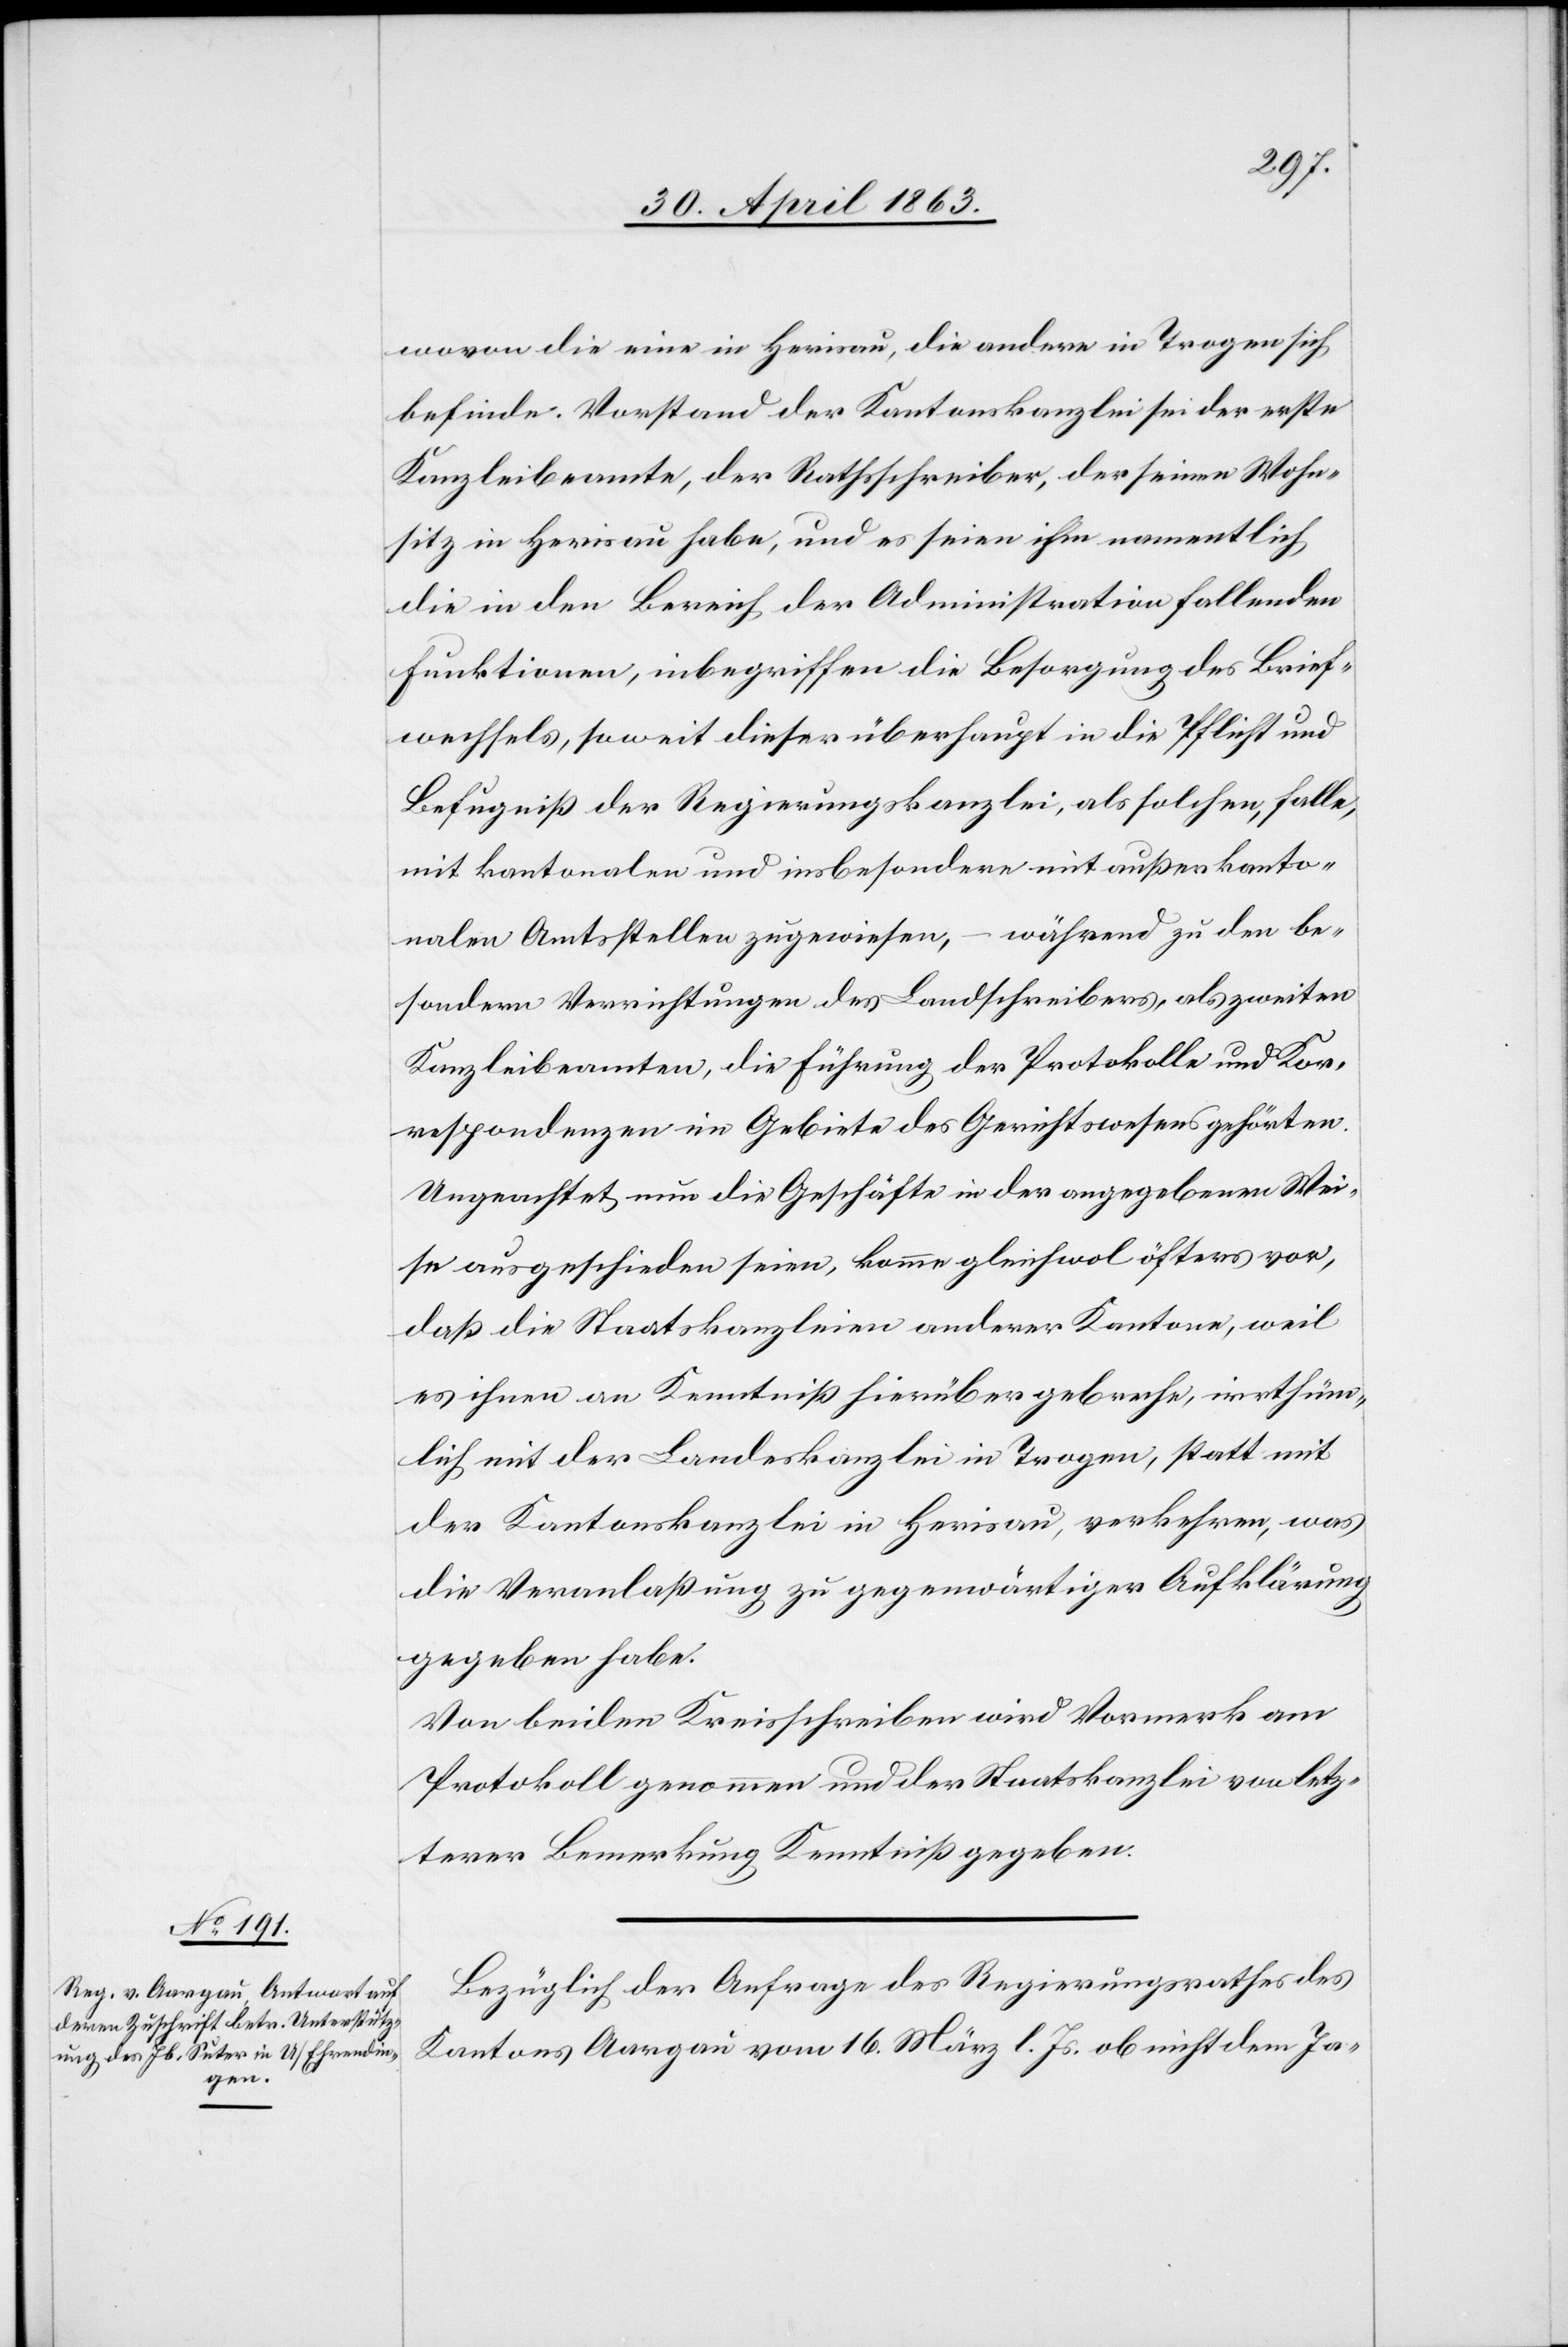
wovon die eine in Herisau, die andere in Trogen sich
befinde. Vorstand der Kantonskanzlei sei der erste
Kanzleibeamte, der Rathsschreiber, der seinen Wohn¬
sitz in Herisau habe, und es seien ihm namentlich
die in den Bereich der Administration fallenden
Funktionen, inbegriffen die Besorgung des Brief¬
wechsels, soweit dieser überhaupt in die Pflicht und
Befugniß der Regierungskanzlei, als solchen, falle,
mit kantonalen und insbesondere mit außer kanto¬
nalen Amtsstellen zugewiesen, – während zu den be¬
sondern Verrichtungen des Landschreibers, als zweiten
Kanzleibeamten, die Führung der Protokolle und Kor¬
respondenzen im Gebiete des Gerichtswesens gehörten.
Ungeachtet nun die Geschäfte in der angegebenen Wei¬
se ausgeschieden seien, komme gleichwol öfters vor,
daß die Staatskanzleien anderer Kantone, weil
es ihnen an Kenntniß hierüber gebreche, irrthüm¬
lich mit der Landeskanzlei in Trogen, statt mit
der Kantonskanzlei in Herisau, verkehren, was
die Veranlaßung zu gegenwärtiger Aufklärung
gegeben habe.
Von beiden Kreisschreiben wird Vormerk am
Protokoll genommen und der Staatskanzlei von letz¬
terer Bemerkung Kenntniß gegeben.
Bezüglich der Anfrage des Regierungsrathes des
Kantons Aargau vom 16. März l. Js. ob nicht dem Ja-